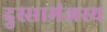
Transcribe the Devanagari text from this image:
दुस्सामंजस्य